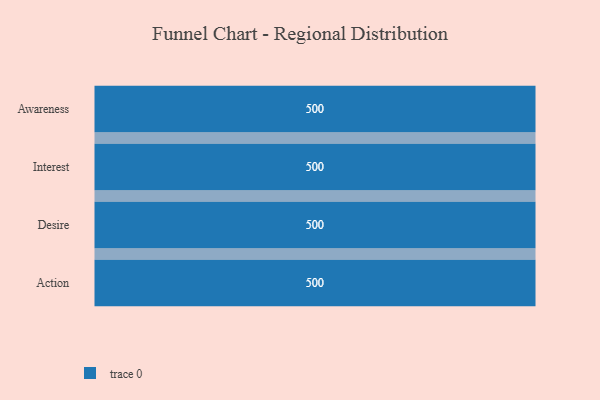
{"axis": {"x": "Stage", "y": "Value"}, "legend": [""], "data": [{"x": "Awareness", "y": 500, "type": ""}, {"x": "Interest", "y": 500, "type": ""}, {"x": "Desire", "y": 500, "type": ""}, {"x": "Action", "y": 500, "type": ""}]}